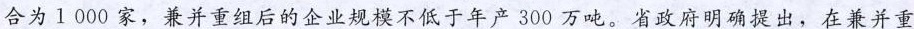
合为1000家，兼并重组后的企业规模不低于年产300万吨。省政府明确提出，在兼并重